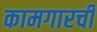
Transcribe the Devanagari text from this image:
कामगारची